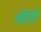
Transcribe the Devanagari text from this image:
चीऩी